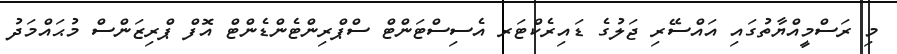
މި ރަސްމީއްޔާތުގައި އައްސޭރި ޖަލުގެ ޑައިރެކްޓަރ އެސިސްޓަންޓް ސްޕްރިންޓެންޑެންޓް އޮފް ޕްރިޒަންސް މުޙައްމަދު